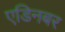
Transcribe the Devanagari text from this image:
एडिनबर